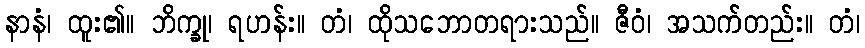
နာနံ၊ ထူး၏။ ဘိက္ခု၊ ရဟန်း။ တံ၊ ထိုသဘောတရားသည်။ ဇီဝံ၊ အသက်တည်း။ တံ၊